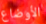
الأوضاع